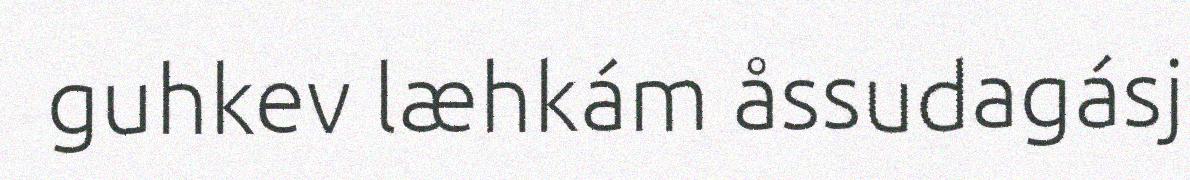
guhkev læhkám åssudagásj